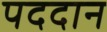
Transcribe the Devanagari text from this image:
पददान